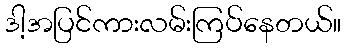
ဒါ့အပြင်ကားလမ်းကြပ်နေတယ်။